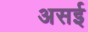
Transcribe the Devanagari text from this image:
असई